Report on the working of the Ranchi Indian Mental Hospital, Kanke, in Bihar and Orissa - 1930-1940
Year: 1930
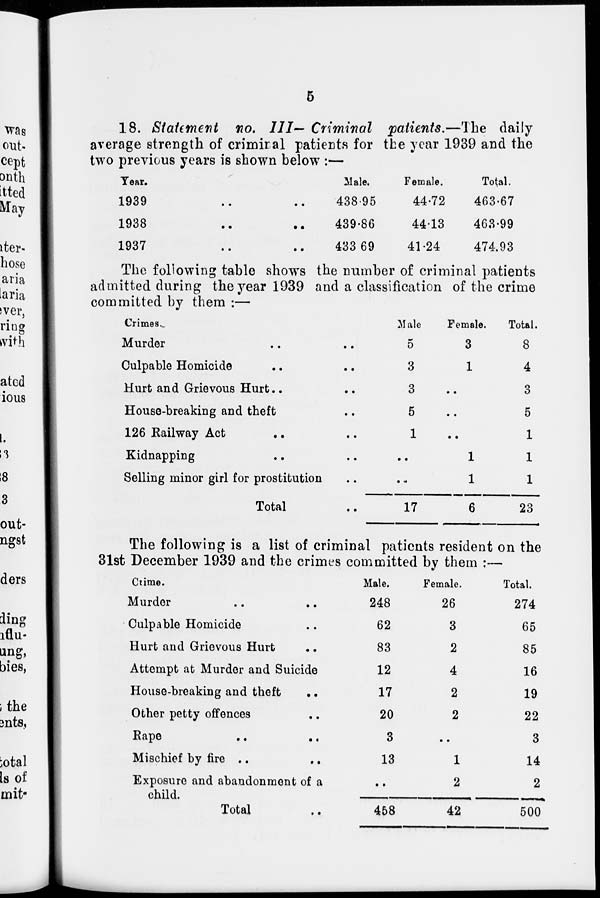
5
18. Statement no. III— Criminal patients.—The daily
average strength of criminal patients for the year 1939 and the
two previous years is shown below :—
Year.
1939
..
..
1938 .. ..
1937 .. ..
Male.
438.95
439.86
433.69
Female.
44.72
44.13
41.24
Total.
463.67
463.99
474.93
The following table shows the number of criminal patients
admitted during the year 1939 and a classification of the crime
committed by them :—
Crimes.
Murder .. ..
Culpable Homicide .. .. ..
Hurt and Grievous Hurt.. ..
House-breaking and theft ..
126 Railway Act .. ..
Kidnapping .. ..
Selling minor girl for prostitution ..
Total ..
Male.
5
3
3
5
1
..
..
17
Female.
3
1
..
..
..
1
1
6
Total.
8
4
3
5
1
1
1
23
The following is a list of criminal patients resident on the
31st December 1939 and the crimes committed by them :—
Crime.
Murder .. ..
Culpable Homicide ..
Hurt and Grievous Hurt ..
Attempt at Murder and Suicide
House-breaking and theft ..
Other petty offences ..
Rape
..
..
Mischief by fire .. ..
Exposure and abandonment of a
child.
Total ..
Male.
248
62
83
12
17
20
3
13
..
458
Female.
26
3
2
4
2
2
..
1
2
42
Total.
274
65
85
16
19
22
3
14
2
500